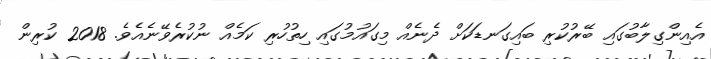
އެއިންގިލާބުގައި ބޭރުކުރި ބައިގަނޑަކަށް ދެނެއް މިގައުމުގައި ހިތުހުރި ކަމެއް ނުކުރެވޭނެއެވެ. 2018 ކުރިން